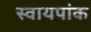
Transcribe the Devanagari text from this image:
स्वायपांक